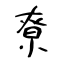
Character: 尞